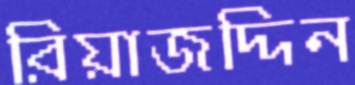
রিয়াজদ্দিন